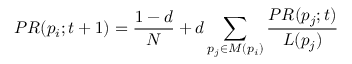
P R ( p _ { i } ; t + 1 ) = { \frac { 1 - d } { N } } + d \sum _ { p _ { j } \in M ( p _ { i } ) } { \frac { P R ( p _ { j } ; t ) } { L ( p _ { j } ) } }